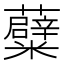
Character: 𮓒